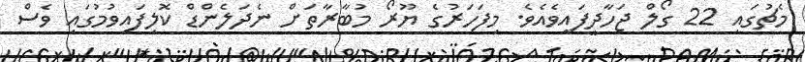
މެޗުގައި 22 ގޯލް ޖަހާދީފައިވެއެވެ. މިފަހަރުގެ ޔޫރޯ މުބާރާތަށް ނެދަލެންޑް ކޮލިފައިވުމުގައި ވެސް